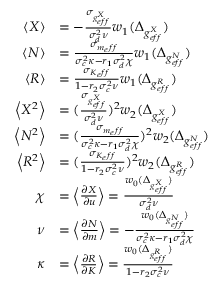
\begin{array} { r l } { \left< X \right> } & { = - \frac { \sigma _ { g _ { e f f } ^ { X } } } { \sigma _ { d } ^ { 2 } \nu } w _ { 1 } ( \Delta _ { g _ { e f f } ^ { X } } ) } \\ { \left< N \right> } & { = \frac { \sigma _ { m _ { e } f f } } { \sigma _ { c } ^ { 2 } \kappa - r _ { 1 } \sigma _ { d } ^ { 2 } \chi } w _ { 1 } ( \Delta _ { g _ { e f f } ^ { N } } ) } \\ { \left< R \right> } & { = \frac { \sigma _ { K _ { e } f f } } { 1 - r _ { 2 } \sigma _ { c } ^ { 2 } \nu } w _ { 1 } ( \Delta _ { g _ { e f f } ^ { R } } ) } \\ { \left< X ^ { 2 } \right> } & { = ( \frac { \sigma _ { g _ { e f f } ^ { X } } } { \sigma _ { d } ^ { 2 } \nu } ) ^ { 2 } w _ { 2 } ( \Delta _ { g _ { e f f } ^ { X } } ) } \\ { \left< N ^ { 2 } \right> } & { = ( \frac { \sigma _ { m _ { e } f f } } { \sigma _ { c } ^ { 2 } \kappa - r _ { 1 } \sigma _ { d } ^ { 2 } \chi } ) ^ { 2 } w _ { 2 } ( \Delta _ { g _ { e f f } ^ { N } } ) } \\ { \left< R ^ { 2 } \right> } & { = ( \frac { \sigma _ { K _ { e } f f } } { 1 - r _ { 2 } \sigma _ { c } ^ { 2 } \nu } ) ^ { 2 } w _ { 2 } ( \Delta _ { g _ { e f f } ^ { R } } ) } \\ { \chi } & { = \left< \frac { \partial X } { \partial u } \right> = \frac { w _ { 0 } ( \Delta _ { g _ { e f f } ^ { X } } ) } { \sigma _ { d } ^ { 2 } \nu } } \\ { \nu } & { = \left< \frac { \partial N } { \partial m } \right> = - \frac { w _ { 0 } ( \Delta _ { g _ { e f f } ^ { N } } ) } { \sigma _ { c } ^ { 2 } \kappa - r _ { 1 } \sigma _ { d } ^ { 2 } \chi } } \\ { \kappa } & { = \left< \frac { \partial R } { \partial K } \right> = \frac { w _ { 0 } ( \Delta _ { g _ { e f f } ^ { R } } ) } { 1 - r _ { 2 } \sigma _ { c } ^ { 2 } \nu } } \end{array}